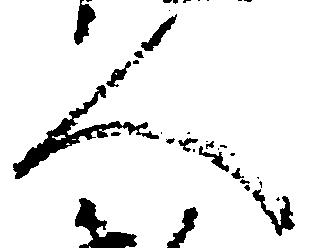
人